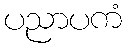
ပညာပကံ